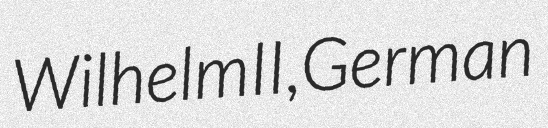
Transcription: Wilhelm II, German